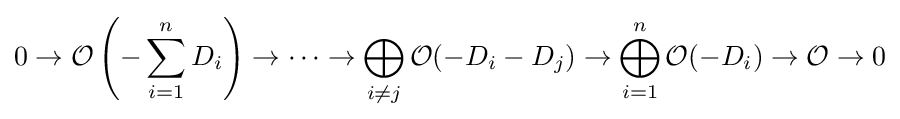
0\to {\mathcal {O}}\left(-\sum _{i=1}^{n}D_{i}\right)\to \cdots \to \bigoplus _{i\neq j}{\mathcal {O}}(-D_{i}-D_{j})\to \bigoplus _{i=1}^{n}{\mathcal {O}}(-D_{i})\to {\mathcal {O}}\to 0